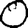
Digit: 0